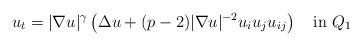
LaTeX: \begin{align*}u_t=|\nabla u|^{\gamma}\left(\Delta u + (p-2)|\nabla u|^{-2}u_iu_ju_{ij}\right)\quad\mbox{in }Q_1\end{align*}